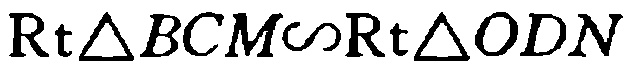
$\text{Rt}\triangle BCM\sim\text{Rt}\triangle ODN$